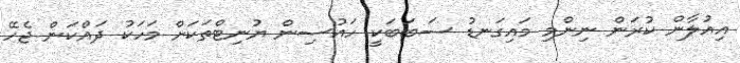
އިއުލާން ކުރަން ނިންމި މައިގަނޑު ސަބަބަކީ ހައުސިން ޔުނިޓްތަކަށް މަހަކު ދައްކަން ޖެހޭ